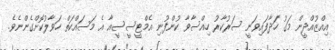
އިއްޒުއްދީން މަގު ހަދާފައިވަނީ ސަރުކާރު ހިއްސާވާ ކުންފުނި އެމްޓީސީސީއާ އެ މަސައްކަތް ހަވާލުކޮށްގެންނެވެ.